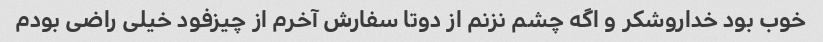
خوب بود خداروشکر و اگه چشم نزنم از دوتا سفارش آخرم از چیزفود خیلی راضی بودم